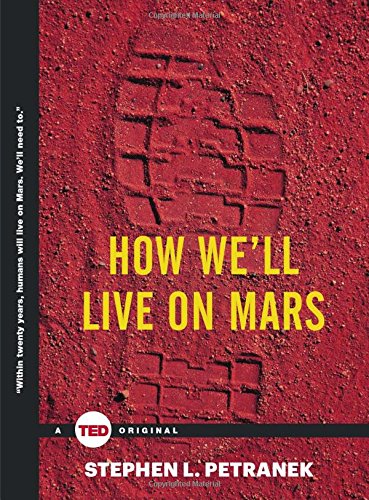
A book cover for How We'll Live on Mars (TED Books); Stephen Petranek; Engineering & Transportation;